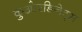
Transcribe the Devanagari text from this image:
कुओरडिनेट्स